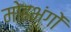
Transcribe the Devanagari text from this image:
मोहभंगों